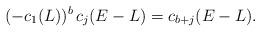
LaTeX: \begin{align*} (-c_1(L))^b\, c_j(E-L) = c_{b+j}(E-L).\end{align*}